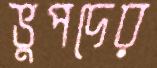
ভুপদের